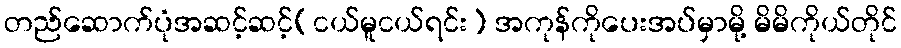
တည်ဆောက်ပုံအဆင့်ဆင့်(ငယ်မူငယ်ရင်း) အကုန်ကိုပေးအပ်မှာမို့ မိမိကိုယ်တိုင်